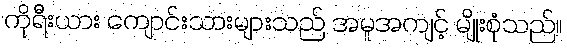
ကိုရီးယား ကျောင်းသားများသည် အမူအကျင့် မျိုးစုံသည်။